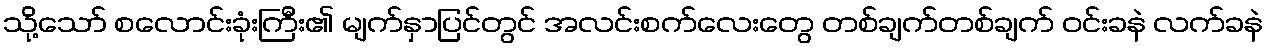
သို့သော် စလောင်းခုံးကြီး၏ မျက်နှာပြင်တွင် အလင်းစက်လေးတွေ တစ်ချက်တစ်ချက် ဝင်းခနဲ လက်ခနဲ